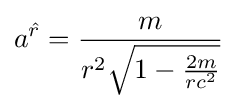
a^{\hat {r}}={\frac {m}{r^{2}{\sqrt {1-{\frac {2m}{rc^{2}}}}}}}